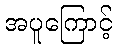
အပူကြောင့်